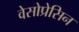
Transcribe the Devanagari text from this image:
वेसोप्रेसिन